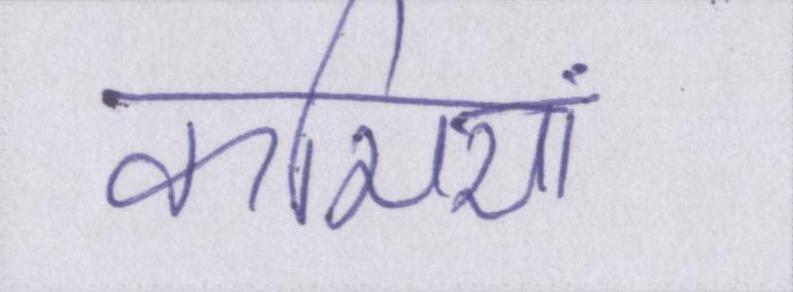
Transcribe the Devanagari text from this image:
कमियां